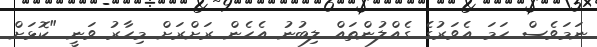
ނަމަވެސް ހަމަ އެވަރުގެ ގެއްލުންތައް ލިބުނު އެހެން ރަށްރަށް މިހާރު ވަނީ "ކޮޅަށް